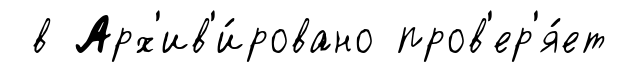
в Арх'ив'и́ровано пров'ер'я́ет